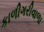
કાળીગરીવાળા